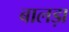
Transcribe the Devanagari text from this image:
बालड़ा